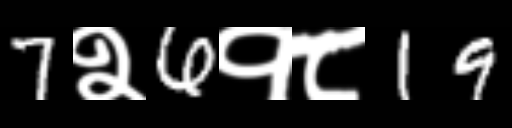
Text: 7२6१८19